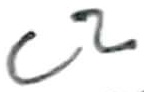
Text: C2